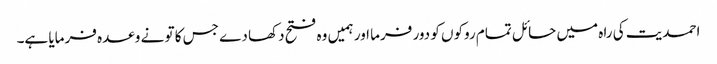
احمدیت کی راہ میں حائل تمام روکوں کو دور فرما اور ہمیں وہ فتح دکھا دے جس کا تو نے وعدہ فرمایا ہے۔